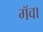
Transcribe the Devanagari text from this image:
गॅवा